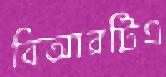
বিআরটিএ